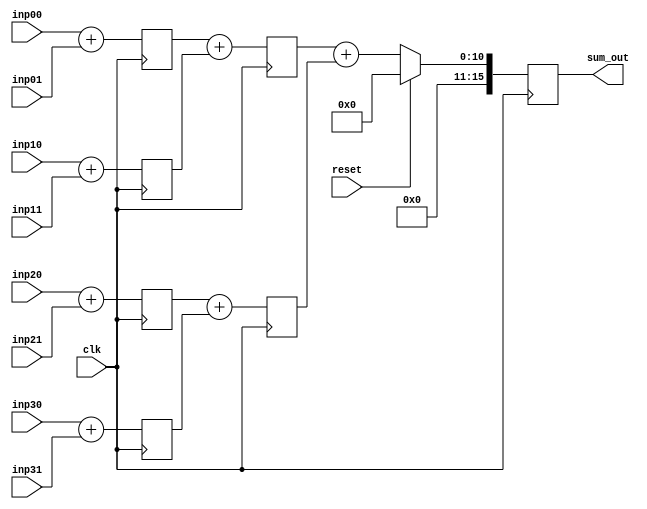
module adder_tree_3stage_8bit (clk,reset,inp00,inp01,inp10,inp11,inp20,inp21,inp30,inp31,sum_out); 

input clk; 
input reset; 
input [7:0] inp00; 
input [7:0] inp01;
input [7:0] inp10; 
input [7:0] inp11;
input [7:0] inp20; 
input [7:0] inp21;
input [7:0] inp30; 
input [7:0] inp31;
output reg [15:0] sum_out;

reg [8:0] S_0_0; 
reg [8:0] S_0_1;
reg [8:0] S_0_2;
reg [8:0] S_0_3;

always@(posedge clk) begin 

S_0_0 <= inp00 + inp01; 
S_0_1 <= inp10 + inp11;
S_0_2 <= inp20 + inp21;
S_0_3 <= inp30 + inp31;

end 

reg [9:0] S_1_0;
reg [9:0] S_1_1;

always@(posedge clk) begin 

S_1_0 <= S_0_0 + S_0_1; 
S_1_1 <= S_0_2 + S_0_3;

end 

always@(posedge clk) begin 

if (reset == 1'b1) begin 
  sum_out <= 16'd0; 
end
else begin 
  sum_out <= S_1_0 + S_1_1; 
end

end 

endmodule